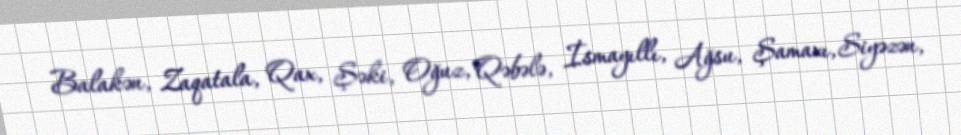
Balakən, Zaqatala, Qax, Şəki, Oğuz, Qəbələ, İsmayıllı, Ağsu, Şamaxı, Siyəzən,